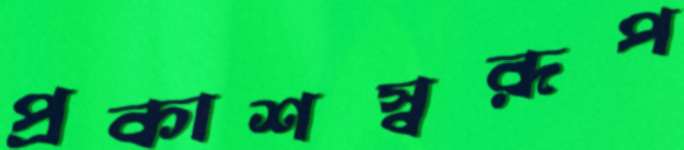
প্রকাশস্বরূপ